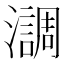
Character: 𤂂